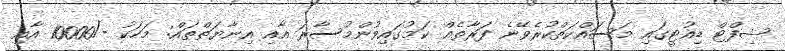
ޝިފްޓް ޑިއުޓީގައި މަސައްކަތްކުރެވޭނެ ފަރާތެއް ކަމުގައިވުންމުސާރަ އާއި އިނާޔަތްތައް: މަހަކު -/10000 އާއި